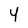
Character: 4